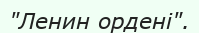
"Ленин ордені".